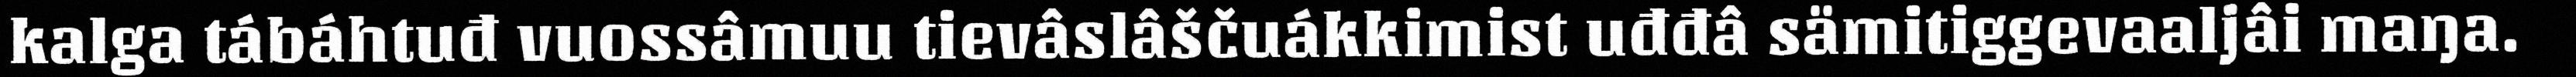
kalga tábáhtuđ vuossâmuu tievâslâščuákkimist uđđâ sämitiggevaaljâi maŋa.